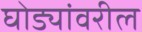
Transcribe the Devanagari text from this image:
घोड्यांवरील